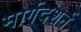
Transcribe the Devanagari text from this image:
मार्गदशर्न